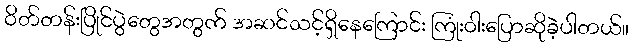
ဝိတ်တန်းပြိုင်ပွဲတွေအတွက် အဆင်သင့်ရှိနေကြောင်း ကြုံးဝါးပြောဆိုခဲ့ပါတယ်။